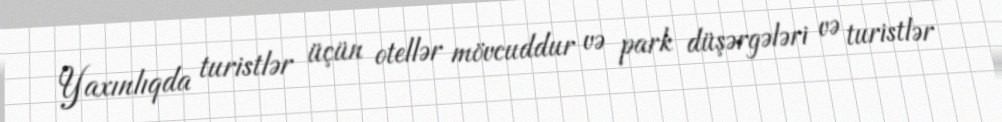
Yaxınlıqda turistlər üçün otellər mövcuddur və park düşərgələri və turistlər